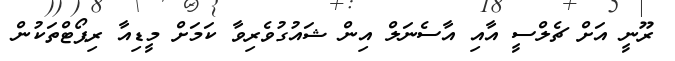
ރޫނީ އަށް ޗެލްސީ އާއި އާސެނަލް އިން ޝައުގުވެރިވާ ކަމަށް މީޑިއާ ރިޕޯޓްތަކުން